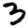
Digit: 3